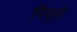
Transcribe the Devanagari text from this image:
पिसुरी